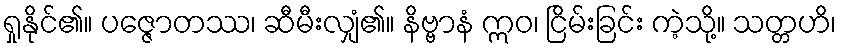
ရှုနိုင်၏။ ပဇ္ဇောတဿ၊ ဆီမီးလျှံ၏။ နိဗ္ဗာနံ ဣဝ၊ ငြိမ်းခြင်း ကဲ့သို့။ သတ္တဟိ၊